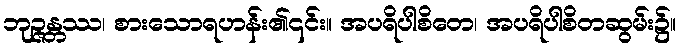
ဘုဉ္ဇန္တဿ၊ စားသောရဟန်း၏၎င်း။ အပရိပါစိတေ၊ အပရိပါစိတဆွမ်း၌။